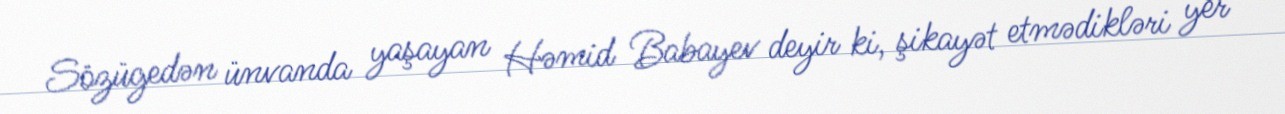
Sözügedən ünvanda yaşayan Həmid Babayev deyir ki, şikayət etmədikləri yer